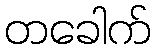
တခေါက်